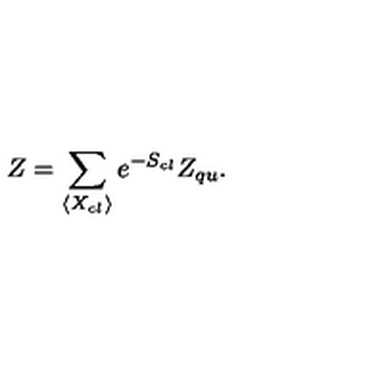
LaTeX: Z = \sum _ { \langle X _ { c l } \rangle } e ^ { - S _ { c l } } Z _ { q u } .